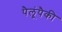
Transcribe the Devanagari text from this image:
पैलूंपैकी